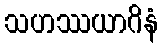
သဟဿယာဂိနံ